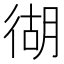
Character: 𱝴